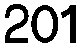
201